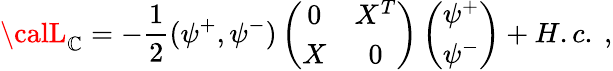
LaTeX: {\calL}_{\mathbb{C}}=-\frac{{1}}{{2}}(\psi^{+},\psi^{-})\left(\begin{array}{cc}{{0}}&{{X^{T}}}\\ {{X}}&{{0}}\end{array}\right)\left(\begin{array}{c}{{\psi^{+}}}\\ {{\psi^{-}}}\end{array}\right)+H.c.\ ,